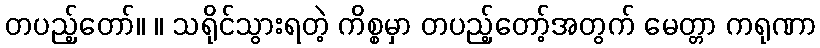
တပည့်တော်။ ။ သရိုင်သွားရတဲ့ ကိစ္စမှာ တပည့်တော့်အတွက် မေတ္တာ ကရုဏာ